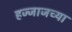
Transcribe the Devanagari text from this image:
हज्जाजच्या